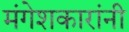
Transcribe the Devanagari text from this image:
मंगेशकारांनी